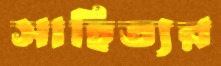
সাহিত্যর